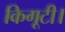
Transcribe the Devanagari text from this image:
किगूटी।